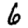
Digit: 6